Annual report of the Imperial Bacteriological Laboratory, Muktesar
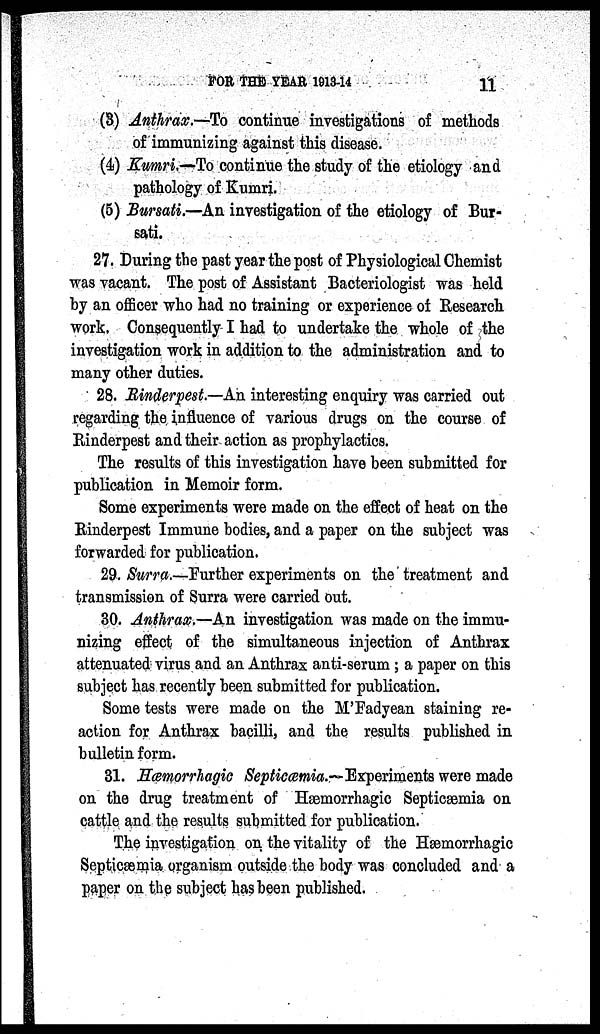
FOR THE YEAR 1913-14
11
(3) Anthrax.-To continue investigations of methods
of immunizing against this disease.
(4) Kumri.—To continue the study of the etiology and
pathology of Kumri.
(5) Bursati.—An investigation of the etiology of Bur-
sati.
27. During the past year the post of Physiological Chemist
was vacant. The post of Assistant Bacteriologist was held
by an officer who had no training or experience of Research
work. Consequently I had to undertake the whole of the
investigation work in addition to the administration and to
many other duties.
28. Rinderpest.—An interesting enquiry was carried out
regarding the influence of various drugs on the course of
Rinderpest and their action as prophylactics.
The results of this investigation have been submitted for
publication in Memoir form.
Some experiments were made on the effect of heat on the
Rinderpest Immune bodies, and a paper on the subject was
forwarded for publication.
29. Surra.—Further experiments on the treatment and
transmission of Surra were carried out.
30. Anthrax.—An investigation was made on the immu-
nizing effect of the simultaneous injection of Anthrax
attenuated virus and an Anthrax anti-serum; a paper on this
subject has recently been submitted for publication.
Some tests were made on the M'Fadyean staining re-
action for Anthrax bacilli, and the results published in
bulletin form.
31. Hæmorrhagic Septicæmia.—Experiments were made
on the drug treatment of Hæmorrhagic Septicæmia on
cattle and the results submitted for publication.
The investigation on the vitality of the Hæmorrhagic
Septicæmia organism outside the body was concluded and a
paper on the subject has been published.